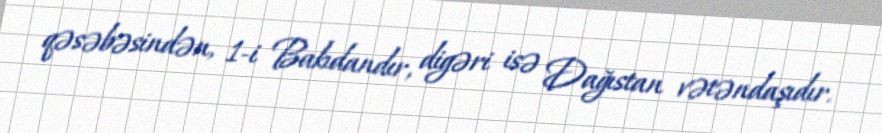
qəsəbəsindən, 1-i Bakıdandır, digəri isə Dağıstan vətəndaşıdır.